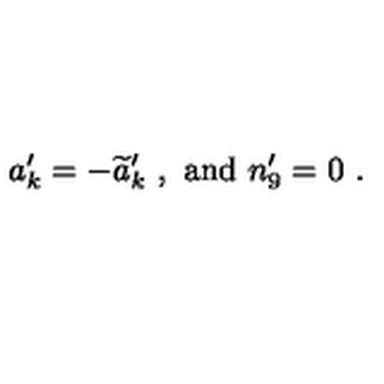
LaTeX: a _ { k } ^ { \prime } = - { \widetilde a _ { k } } ^ { \prime } \ , \ \mathrm { a n d } \ n _ { 9 } ^ { \prime } = 0 \ .